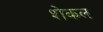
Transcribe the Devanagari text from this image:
शेकल